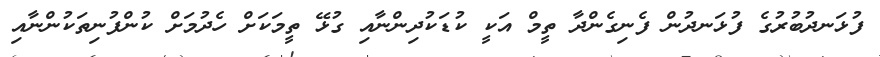
ފުޅަނދުބުރުގެ ފުޅަނދުން ފެނިގެންދާ ތީމް އަކީ ކުޑަކުދިންނާއި ގުޅޭ ތީމަކަށް ހެދުމަށް ކުންފުނިތަކުންނާއި